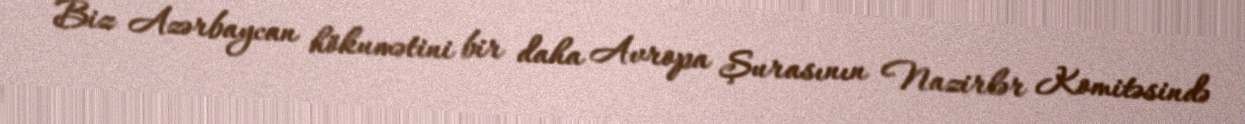
Biz Azərbaycan hökumətini bir daha Avropa Şurasının Nazirlər Komitəsində